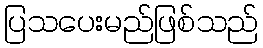
ပြသပေးမည်ဖြစ်သည်